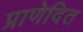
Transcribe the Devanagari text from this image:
प्राणेदित